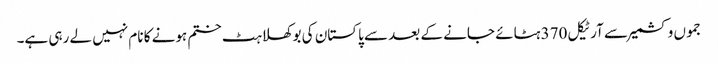
جموں وکشمیر سے آرٹیکل 370 ہٹائے جانے کے بعد سے پاکستان کی بوکھلاہٹ ختم ہونے کا نام نہیں لے رہی ہے۔